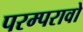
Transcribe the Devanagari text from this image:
परम्परावो